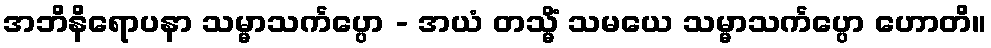
အဘိနိရောပနာ သမ္မာသင်္ကပ္ပော - အယံ တသ္မိံ သမယေ သမ္မာသင်္ကပ္ပော ဟောတိ။